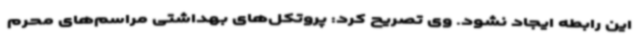
این رابطه ایجاد نشود. وی تصریح کرد: پروتکل‌های بهداشتی مراسم‌های محرم